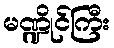
မဏ္ဍိုင်ကြီး